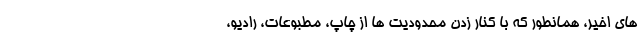
های اخیر، همانطور که با کنار زدن محدودیت ها از چاپ، مطبوعات، رادیو،